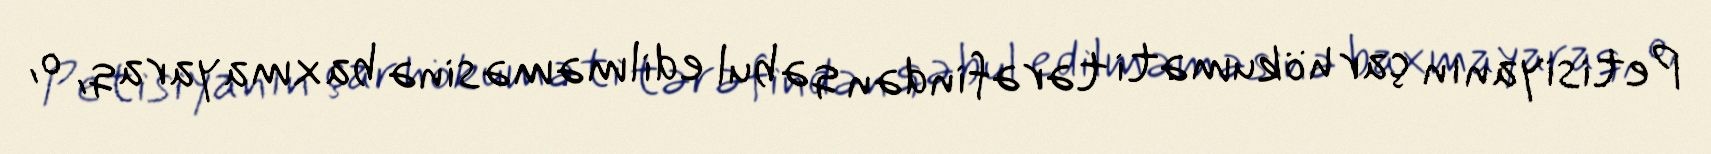
Petisiyanın çar hökuməti tərəfindən qəbul edilməməsinə baxmayaraq, o,